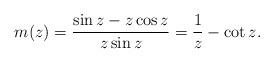
LaTeX: \begin{align*}m(z)=\dfrac{\sin z-z\cos z}{z\sin z}=\dfrac 1z-\cot z.\end{align*}